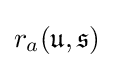
r_{a}({\mathfrak {u}},{\mathfrak {s}})